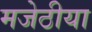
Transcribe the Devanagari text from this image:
मजेठीया